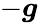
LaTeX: -\boldsymbol{g}